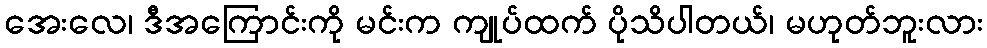
အေးလေ၊ ဒီအကြောင်းကို မင်းက ကျုပ်ထက် ပိုသိပါတယ်၊ မဟုတ်ဘူးလား